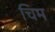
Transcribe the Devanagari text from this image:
चिम